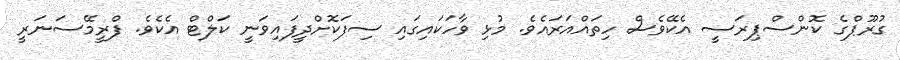
ގުރޫޕްގެ ކޮންސްޕިރަސީ އެކޭވެސް ހިތައްއަރައެވެ. މުޅި ވާހަކައިގައި ސިފަކޮށްދީފައިވަނީ ކަލްޓް އެކެވެ. ފްރީމޭސަނަރީ